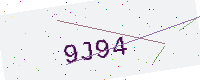
Text: 9J94